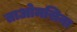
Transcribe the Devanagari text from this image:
ताओमसिना